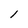
Character: l